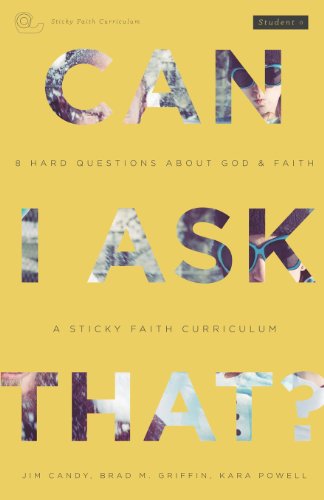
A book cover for Can I Ask That?: 8 Hard Questions about God and Faith [Sticky Faith Curriculum] Student Guide; Jim Candy; Christian Books & Bibles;